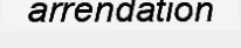
arrendation